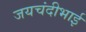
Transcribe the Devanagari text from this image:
जयचंदीभाई